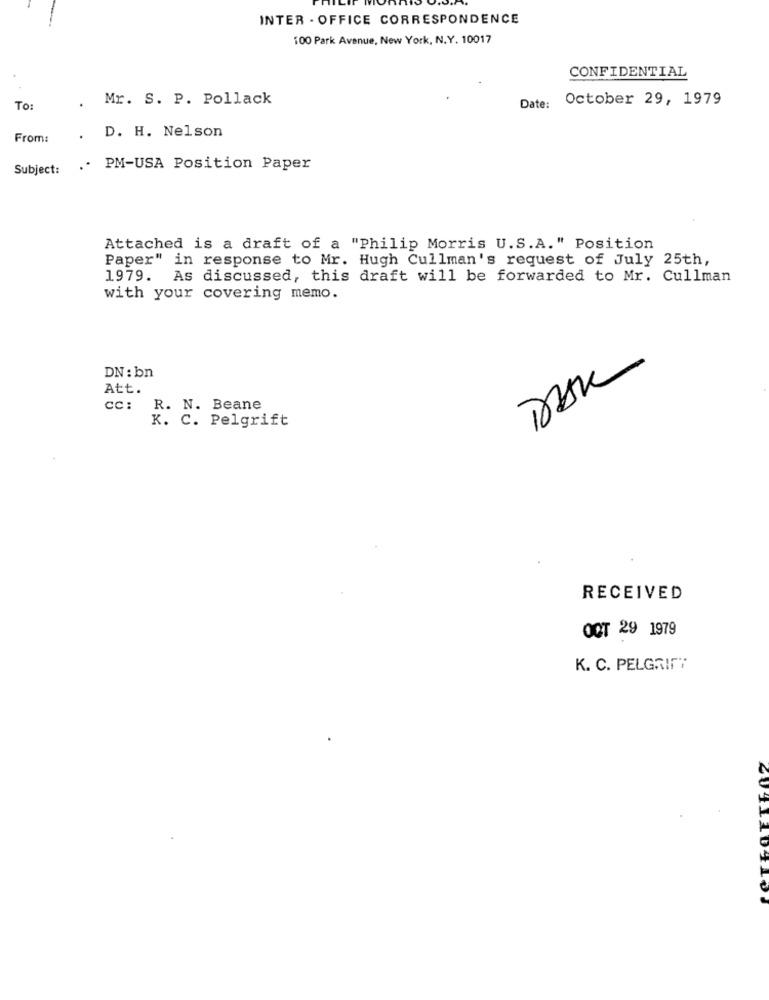
INTER - OFFICE CORRESPONDENCE
100 Park Avenue, New York, N.Y. 10017
CONFIDENTIAL
. Mr. S. P. Pollack
October 29, 1979
To:
Date:
D. H. Nelson
From:
Subject:
.. PM-USA Position Paper
Attached is a draft of a "Philip Morris U.S.A." Position
Paper" in response to Mr. Hugh Cullman's request of July 25th,
1979. As discussed, this draft will be forwarded to Mr. Cullman
with your covering memo.
DN : bn
Att.
cc: R. N. Beane
K. C. Pelgrift
RECEIVED
OCT 29 1979
K. C. PELGRIFT